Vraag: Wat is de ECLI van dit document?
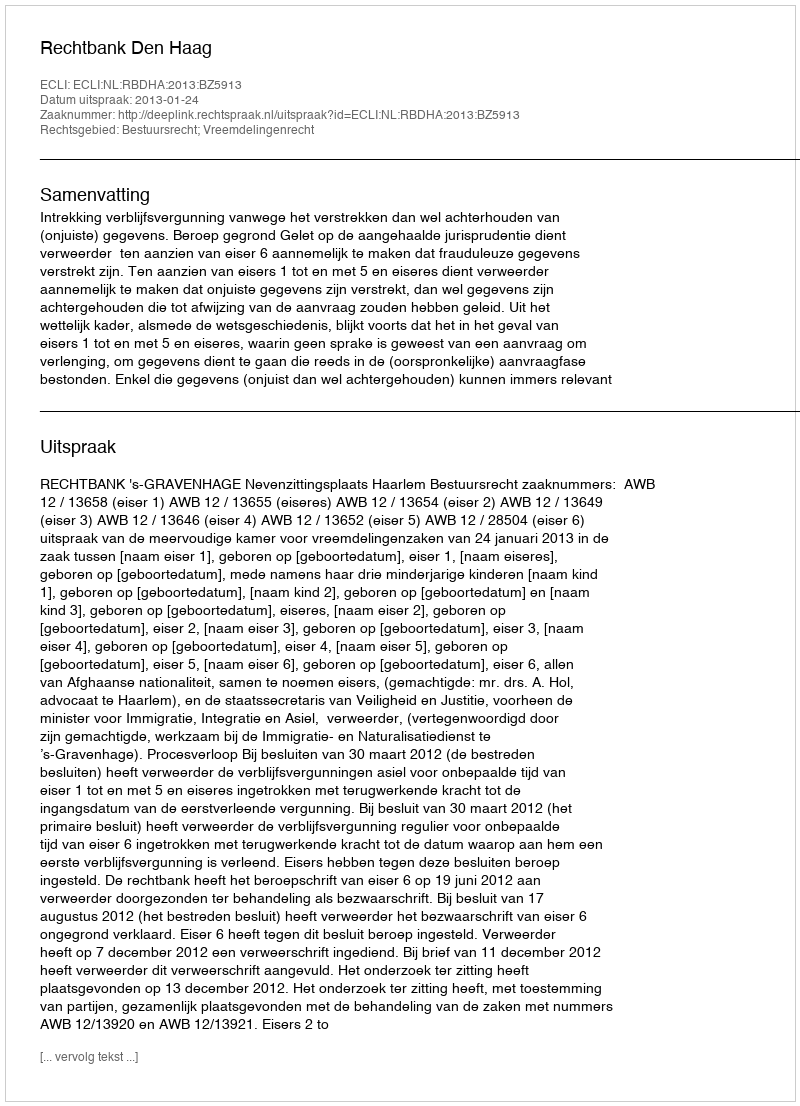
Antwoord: ECLI:NL:RBDHA:2013:BZ5913